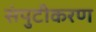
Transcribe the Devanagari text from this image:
संपुटीकरण